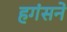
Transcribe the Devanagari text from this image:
हगंसने